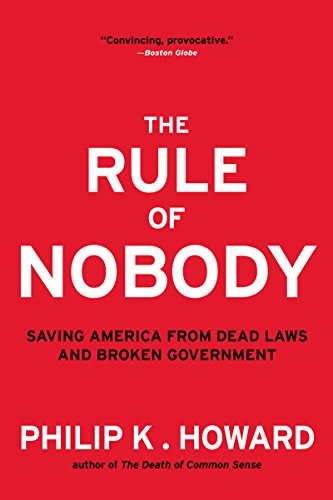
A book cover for The Rule of Nobody: Saving America from Dead Laws and Broken Government; Philip K. Howard; Law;